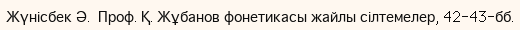
Жүнісбек Ә.  Проф. Қ. Жұбанов фонетикасы жайлы сілтемелер, 42-43-бб.